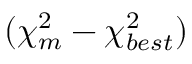
( \chi _ { m } ^ { 2 } - \chi _ { b e s t } ^ { 2 } )